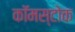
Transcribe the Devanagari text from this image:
कॉमस्टोक